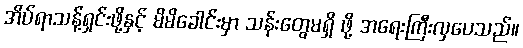
အိပ်ရာသန့်ရှင်းဖို့နှင့် မိမိခေါင်းမှာ သန်းတွေမရှိ ဖို့ အရေးကြီးလှပေသည်။